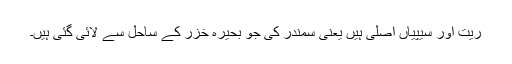
ریت اور سیپیاں اصلی ہیں یعنی سمندر کی جو بحیرہ خزر کے ساحل سے لائی گئی ہیں۔